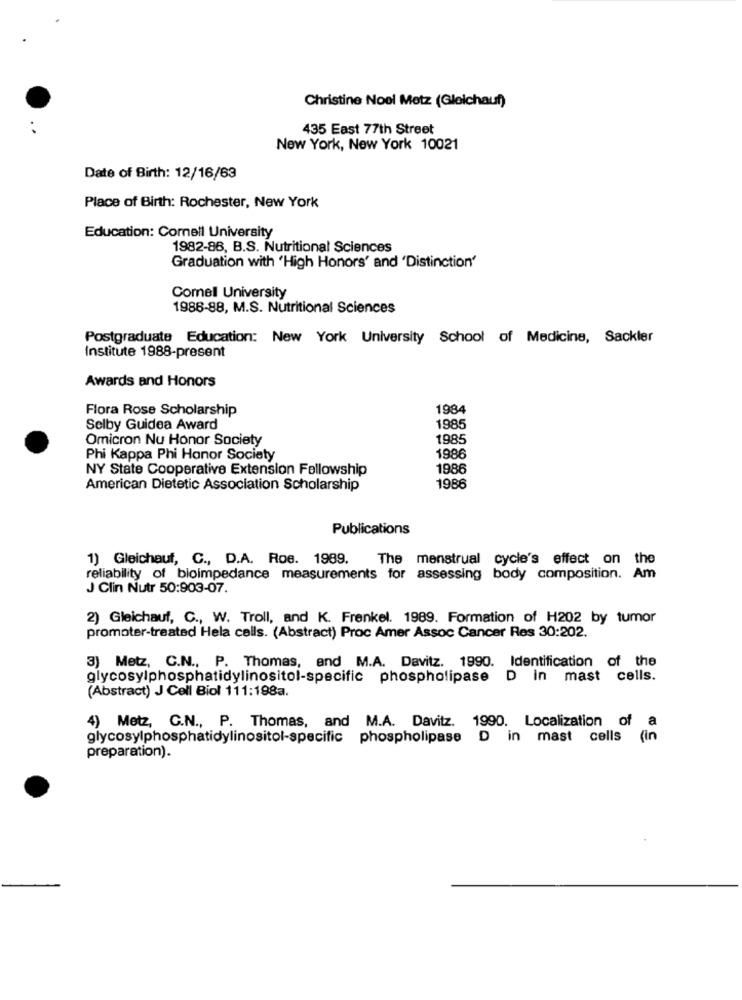
Christine Noel Metz (Gleichauf)
435 East 77th Street
New York, New York 10021
Date of Birth: 12/16/63
Place of Birth: Rochester, New York
Education: Cornell University
1982-86, B.S. Nutritional Sciences
Graduation with 'High Honors' and 'Distinction'
Cornell University
1986-88, M.S. Nutritional Sciences
Postgraduate Education: New York University School of Medicine, Sackler
Institute 1988-present
Awards and Honors
Flora Rose Scholarship
1984
Selby Guidea Award
1985
Omicron Nu Honor Society
1985
Phi Kappa Phi Honor Society
1986
NY State Cooperative Extension Fellowship
1986
American Dietetic Association Scholarship
1986
Publications
1) Gleichauf, C ., D.A. Roe. 1989.
The menstrual cycle's effect on the
reliability of bioimpedance measurements for assessing body composition. Am
J Clin Nutr 50:903-07.
2) Gleichauf, C ., W. Troll, and K. Frenkel. 1989. Formation of H202 by tumor
promoter-treated Hela cells. (Abstract) Proc Amer Assoc Cancer Res 30:202.
3) Metz, C.N ., P. Thomas, and M.A. Davitz. 1990. Identification of the
glycosylphosphatidylinositol-specific phospholipase D in mast cells.
(Abstract) J Cell Biol 111:198a.
4) Metz, C.N ., P. Thomas, and M.A. Davitz. 1990. Localization of a
glycosylphosphatidylinositol-specific phospholipase D in mast cells
(in
preparation).